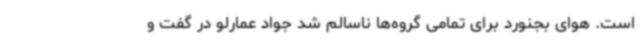
است. هوای بجنورد برای تمامی گروه‌ها ناسالم شد جواد عمارلو در گفت و